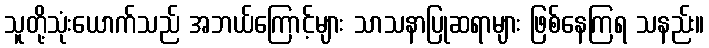
သူတို့သုံးယောက်သည် အဘယ်ကြောင့်များ သာသနာပြုဆရာများ ဖြစ်နေကြရ သနည်း။